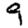
Digit: 9